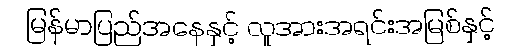
မြန်မာပြည်အနေနှင့် လူအားအရင်းအမြစ်နှင့်